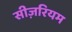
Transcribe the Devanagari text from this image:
सीज़रियम